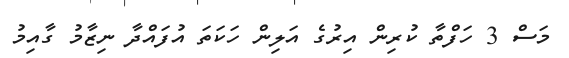
މަސް 3 ހަފްތާ ކުރިން އިރުގެ އަލިން ހަކަތަ އުފައްދާ ނިޒާމު ގާއިމު